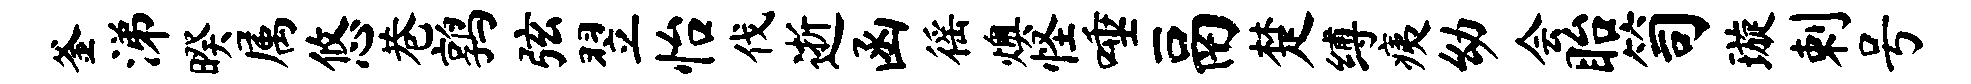
釜涕暌属悠巷鹑弦翌怡伐逝函徭燠怪唾鬲楚缚痍幼会眙笥璇剌号